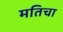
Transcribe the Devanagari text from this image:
मतिचा